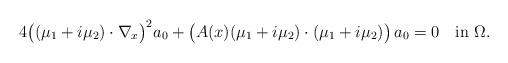
LaTeX: \begin{align*}4\big((\mu_1+i\mu_2)\cdot\nabla_x\big)^2 a_0 + \big( A(x)(\mu_1+i\mu_2)\cdot(\mu_1+i\mu_2)\big)\, a_0 = 0 \quad\mbox{in }\Omega.\end{align*}